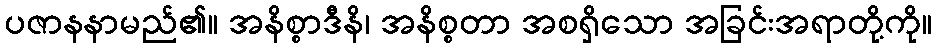
ပဇာနနာမည်၏။ အနိစ္စာဒီနိ၊ အနိစ္စတာ အစရှိသော အခြင်းအရာတို့ကို။